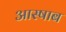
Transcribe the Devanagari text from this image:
आस्षाब